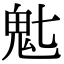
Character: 𬴽